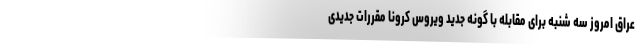
عراق امروز سه شنبه برای مقابله با گونه جدید ویروس کرونا مقررات جدیدی